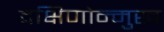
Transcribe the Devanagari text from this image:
दक्षिणोन्मुख